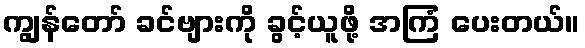
ကျွန်တော် ခင်ဗျားကို ခွင့်ယူဖို့ အကြံ ပေးတယ်။